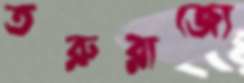
তরুরাজ্যে